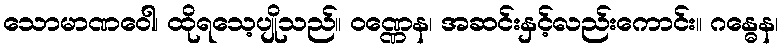
သောမာဏဝေါ၊ ထိုရသေ့ပျိုသည်။ ဝဏ္ဏေန၊ အဆင်းနှင့်လည်းကောင်း။ ဂန္ဓေန၊